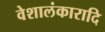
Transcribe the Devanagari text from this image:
वेशालंकारादि